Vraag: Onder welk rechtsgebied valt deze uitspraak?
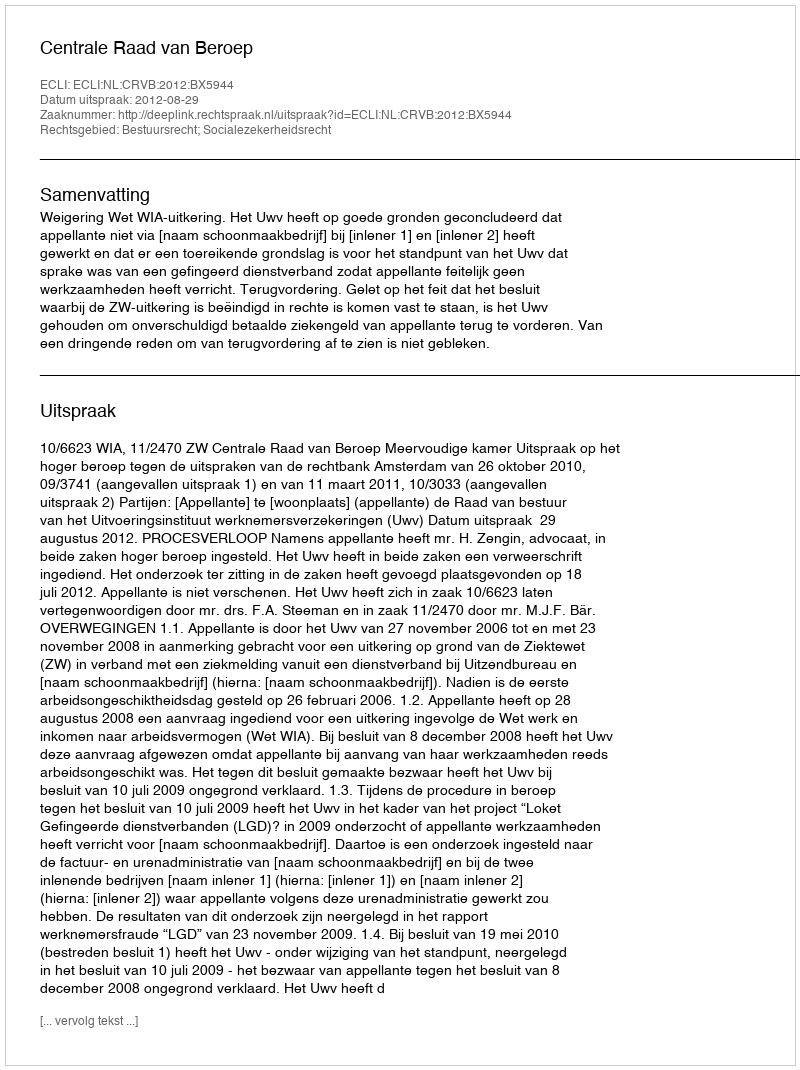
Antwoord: Bestuursrecht; Socialezekerheidsrecht